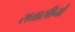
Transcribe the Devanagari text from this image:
सत्तासीनों